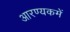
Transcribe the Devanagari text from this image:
आरण्यकमें